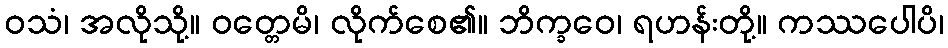
ဝသံ၊ အလိုသို့။ ဝတ္တေမိ၊ လိုက်စေ၏။ ဘိက္ခဝေ၊ ရဟန်းတို့။ ကဿပေါပိ၊